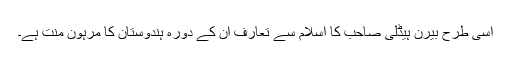
اسی طرح بیرن ہیڈلی صاحب کا اسلام سے تعارف ان کے دورہ ہندوستان کا مرہون منت ہے۔